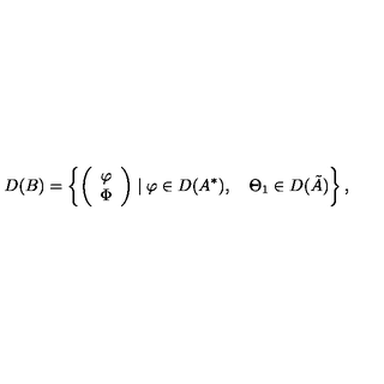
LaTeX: D ( B ) = \left\{ \left( \begin{array} { c } { \varphi } \\ { \Phi } \\ \end{array} \right) \mid \varphi \in D ( A ^ { * } ) , \quad \Theta _ { 1 } \in D ( \tilde { A } ) \right\} ,